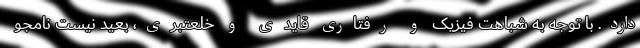
دارد. با توجه به شباهت فیزیک و رفتاری قایدی و خلعتبری، بعید نیست نامجو